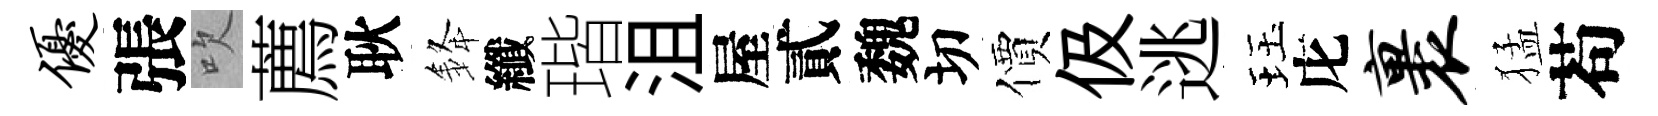
优張吹薦耿𨦟纖瑎沮屋貳魏切價伋逃珏庀裹猛苟